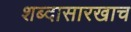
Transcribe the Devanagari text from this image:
शब्दासारखाच